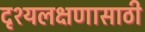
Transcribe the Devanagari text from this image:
दृश्यलक्षणासाठी